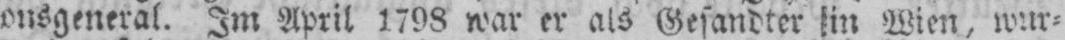
onsgeneral. Im April 1798 war er als Gesandter in Wien, wur⸗